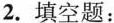
2.填空题：